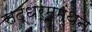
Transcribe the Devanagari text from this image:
सद्‌धर्ममंथन